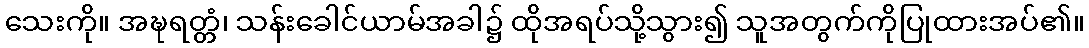
သေးကို။ အဍ္ဎရတ္တံ၊ သန်းခေါင်ယာမ်အခါ၌ ထိုအရပ်သို့သွား၍ သူအတွက်ကိုပြုထားအပ်၏။